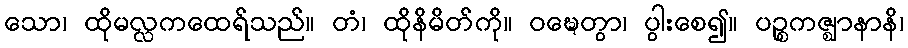
သော၊ ထိုမလ္လကထေရ်သည်။ တံ၊ ထိုနိမိတ်ကို။ ဝဍ္ဎေတွာ၊ ပွါးစေ၍။ ပဉ္စကဇ္ဈာနာနိ၊